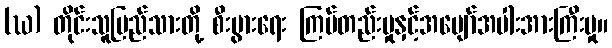
(ဃ) တိုင်းသူပြည်သားတို့ စီးပွားရေး ကြပ်တည်းမှုနှင့်အပျော်အပါးအားကြီးမှု။